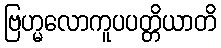
ဗြဟ္မလောကူပပတ္တိယာတိ